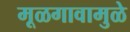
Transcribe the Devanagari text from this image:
मूळगावामुळे